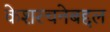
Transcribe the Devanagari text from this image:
केशरचनेबद्दल